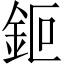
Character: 鉕